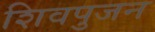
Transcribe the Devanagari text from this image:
शिवपुजन